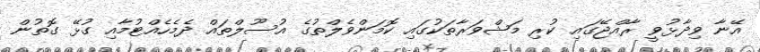
އޭނާ ވިދާޅުވީ ރާއްޖޭގައި ކުރި މަޝްވަރާތަކުގައި ކޮމަންވެލްތުގެ އުސޫލްތައް ދެމެހެއްޓުމާއި ގުޅޭ ގޮތުން